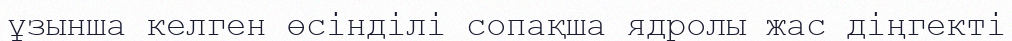
ұзынша келген өсінділі сопақша ядролы жас діңгекті